Source: Handwritten
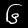
Digit: ၆ (6)